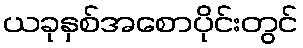
ယခုနှစ်အစောပိုင်းတွင်